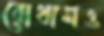
বোথামও